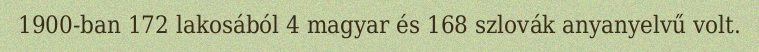
1900-ban 172 lakosából 4 magyar és 168 szlovák anyanyelvű volt.